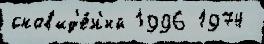
снов'ид'е́н'ий 1996 1974